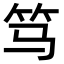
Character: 笃